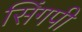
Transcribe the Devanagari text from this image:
सिंगपी